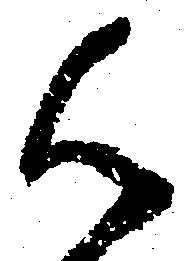
候